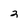
Character: 3